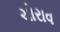
ચોરાવ